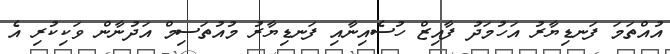
އުއްތަމަ ފަނޑިޔާރު އަހުމަދު ފާއިޒް ހުސެއިނާއި ފަނޑިޔާރު މުއުތަސިމް އަދުނާން ވަކިކުރި އެ